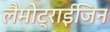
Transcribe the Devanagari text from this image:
लैमोट्राईजिन